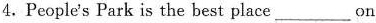
4.People's Park is the best place on